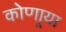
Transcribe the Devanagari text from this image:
कोणार्‍या